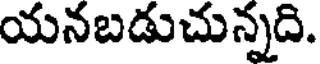
యనబడుచున్నది.